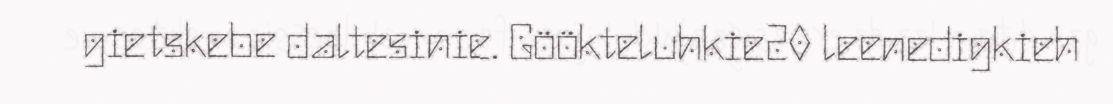
gietskebe daltesinie. Göökteluhkie20 leenedigkieh